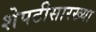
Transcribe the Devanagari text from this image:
शेपटीसारख्या